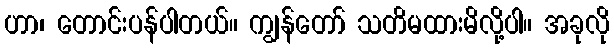
ဟာ၊ တောင်းပန်ပါတယ်။ ကျွန်တော် သတိမထားမိလို့ပါ။ အခုလို